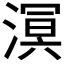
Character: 𣼗